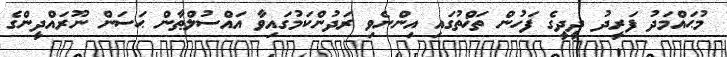
މުޙައްމަދު ފަރީދު ދީދީގެ ފަހުން ތަޚްތުގައި އިންނެވި ރަދުންކަމުގައިވާ އައްސުލްޠާން ޙަސަން ނޫރައްދީންގެ